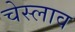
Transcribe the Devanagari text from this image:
चेस्लाव